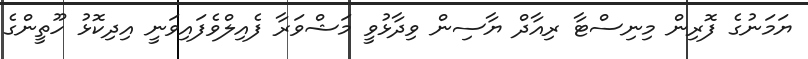
ޔަމަނުގެ ފޮރިން މިނިސްޓާ ރިއާދް ޔާސިން ވިދާޅުވީ މަޝްވަރާ ފެއިލްވެފައިވަނީ އިދިކޮޅު ހޫތީންގެ